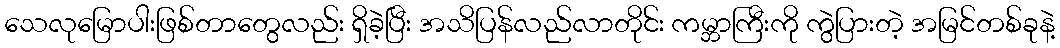
သေလုမြောပါးဖြစ်တာတွေလည်း ရှိခဲ့ပြီး အသိပြန်လည်လာတိုင်း ကမ္ဘာကြီးကို ကွဲပြားတဲ့ အမြင်တစ်ခုနဲ့